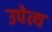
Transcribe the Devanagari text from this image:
उपेत्य